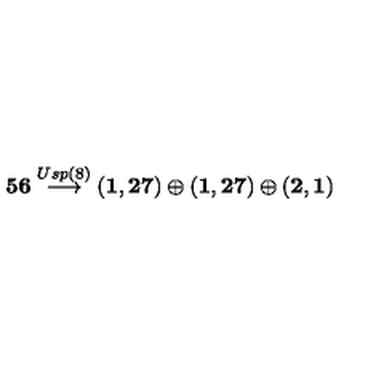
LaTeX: { \bf 5 6 } \stackrel { U s p ( 8 ) } { \longrightarrow } ( { \bf 1 , 2 7 } ) \oplus ( { \bf 1 , 2 7 } ) \oplus ( { \bf 2 , 1 } )